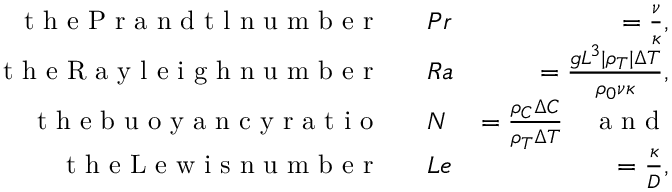
\begin{array} { r l r } { \textrm { t h e P r a n d t l n u m b e r ~ } } & { P r } & { = \frac { \nu } { \kappa } , } \\ { \textrm { t h e R a y l e i g h n u m b e r ~ } } & { R a } & { = \frac { g L ^ { 3 } | \rho _ { T } | \Delta T } { \rho _ { 0 } \nu \kappa } , } \\ { \textrm { t h e b u o y a n c y r a t i o ~ } } & { N } & { = \frac { \rho _ { C } \Delta C } { \rho _ { T } \Delta T } \quad \textrm { a n d } } \\ { \textrm { t h e L e w i s n u m b e r ~ } } & { L e } & { = \frac { \kappa } { D } , } \end{array}